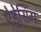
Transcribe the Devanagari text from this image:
ऐड्रेसिंग